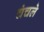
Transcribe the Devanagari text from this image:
चंचले